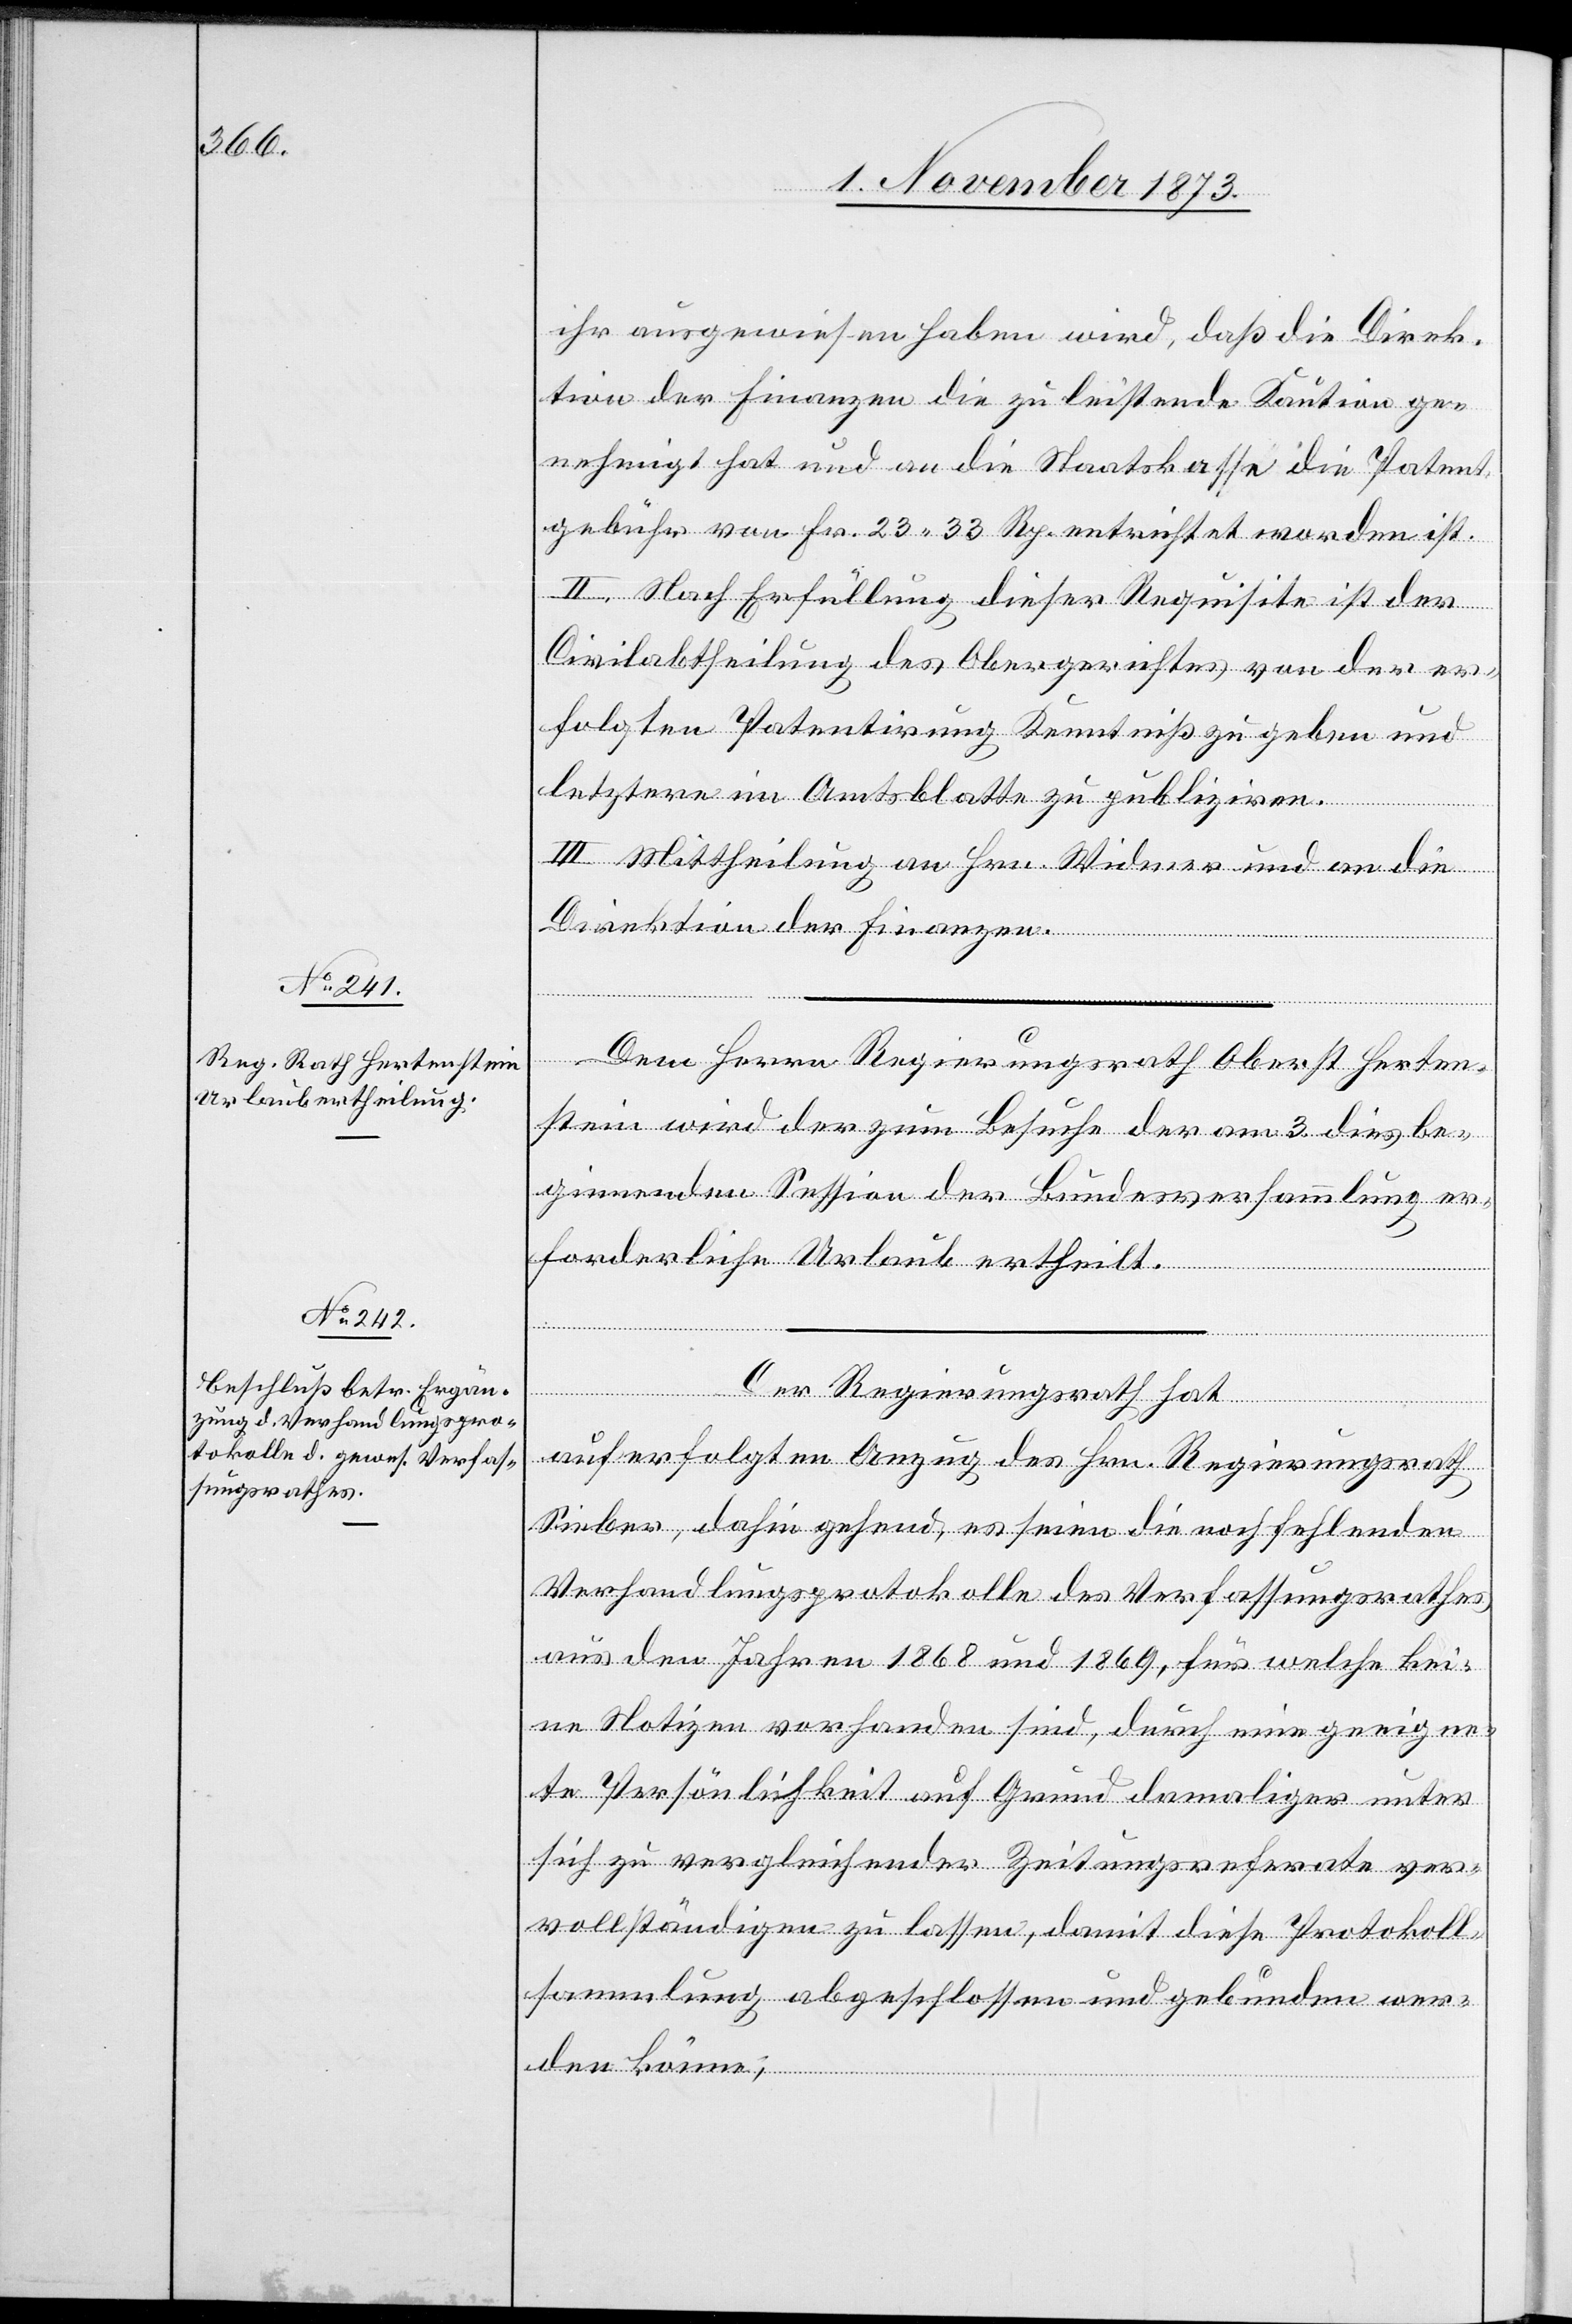
ihr ausgewiesen haben wird, daß die Direk¬
tion der Finanzen die zu leistende Kaution ge¬
nehmigt hat und an die Staatskasse die Patent¬
gebühr von Fr. 23 33 Rp. entrichtet worden ist.
II. Nach Erfüllung dieser Requisite ist der
Civilabtheilung des Obergerichtes von der er¬
folgten Patentirung Kenntniß zu geben und
letztere im Amtsblatte zu publiziren.
III. Mittheilung an Hrn. Widmer und an die
Direktion der Finanzen.
Dem Herrn Regierungsrath Oberst Herten¬
stein wird der zum Besuche der am 3. dies be¬
ginnenden Session der Bundesversammlung er¬
forderliche Urlaub ertheilt.
Der Regierungsrath hat
auf erfolgten Anzug des Hrn. Regierungsrath
Sieber, dahin gehend, es seien die noch fehlenden
Verhandlungsprotokolle des Verfassungsrathes
aus den Jahren 1868 und 1869, für welche kei¬
ne Notizen vorhanden sind, durch eine geeigne¬
te Persönlichkeit auf Grund damaliger unter
sich zu vergleichender Zeitungsreferate ver¬
vollständigen zu lassen, damit diese Protokoll¬
sammlung abgeschlossen und gebunden wer¬
den könne;